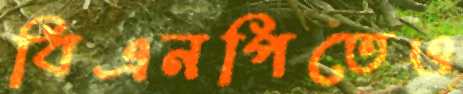
বিএনপিতেও